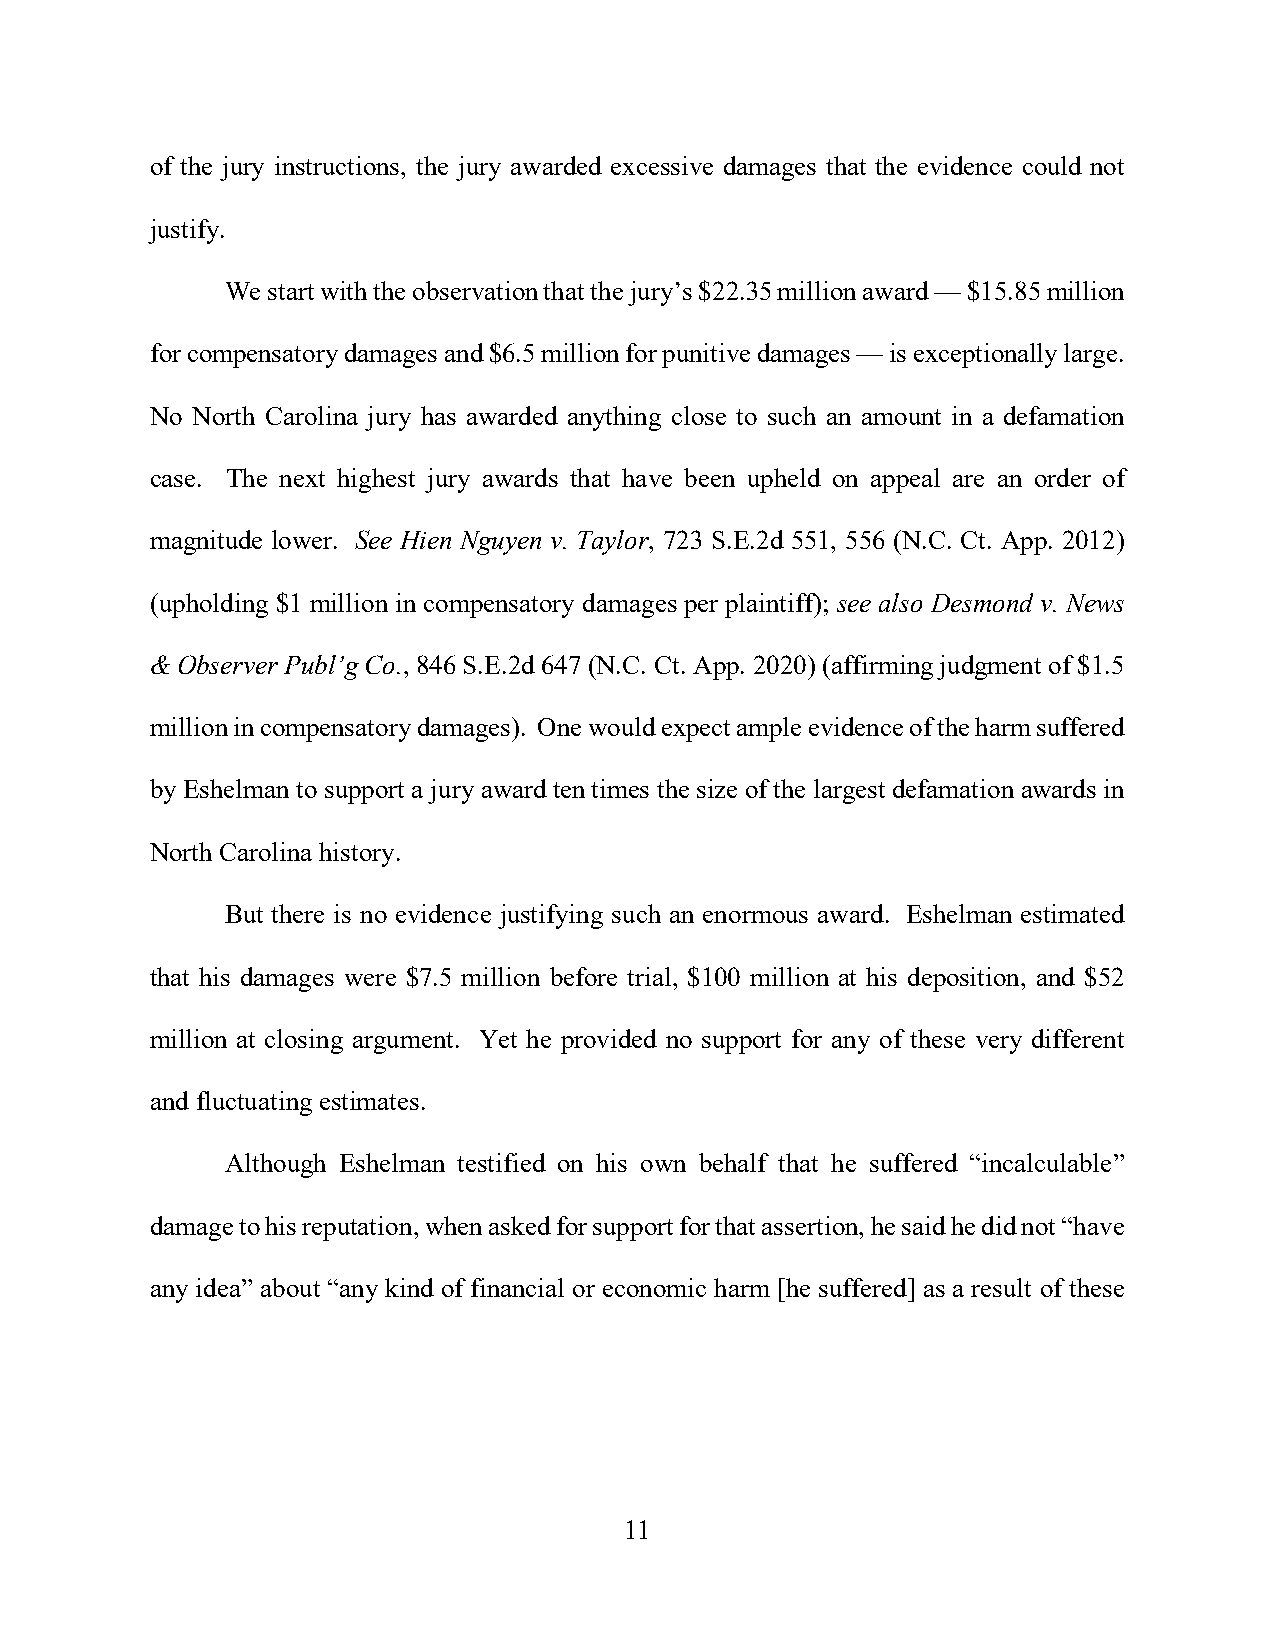
of the jury instructions, the jury awarded excessive damages that the evidence could not
 justify.
 We start with the observation that the jury’s $22.35 million award — $15.85 million
 for compensatory damages and $6.5 million for punitive damages — is exceptionally large.
 No North Carolina jury has awarded anything close to such an amount in a defamation
 case. The next highest jury awards that have been upheld on appeal are an order of
 magnitude lower. See Hien Nguyen v. Taylor, 723 S.E.2d 551, 556 (N.C. Ct. App. 2012)
 (upholding $1 million in compensatory damages per plaintiff); see also Desmond v. News
 & Observer Publ’g Co., 846 S.E.2d 647 (N.C. Ct. App. 2020) (affirming judgment of $1.5
 million in compensatory damages). One would expect ample evidence of the harm suffered
 by Eshelman to support a jury award ten times the size of the largest defamation awards in
 North Carolina history.
 But there is no evidence justifying such an enormous award. Eshelman estimated
 that his damages were $7.5 million before trial, $100 million at his deposition, and $52
 million at closing argument. Yet he provided no support for any of these very different
 and fluctuating estimates.
 Although Eshelman testified on his own behalf that he suffered “incalculable”
 damage to his reputation, when asked for support for that assertion, he said he did not “have
 any idea” about “any kind of financial or economic harm [he suffered] as a result of these
 11